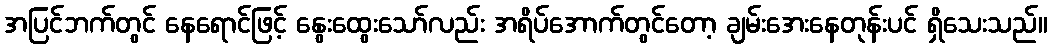
အပြင်ဘက်တွင် နေရောင်ဖြင့် နွေးထွေးသော်လည်း အရိပ်အောက်တွင်တော့ ချမ်းအေးနေတုန်းပင် ရှိသေးသည်။